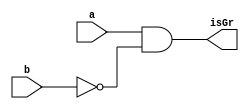
module isGreater(a, b, isGr);

//inputs
input a;
input b;

//outputs
output isGr;

//resultados intermedios
wire w1; //not b

//logica combinacional del modulo
not(w1, b);
and(isGr, a, w1);

endmodule